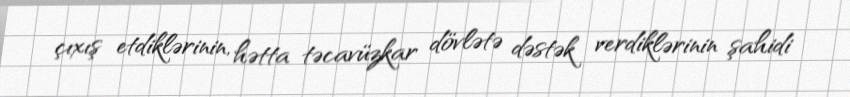
çıxış etdiklərinin, hətta təcavüzkar dövlətə dəstək verdiklərinin şahidi